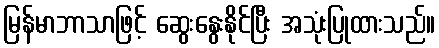
မြန်မာဘာသာဖြင့် ဆွေးနွေးနိုင်ပြီး အသုံးပြုထားသည်။